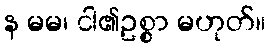
န မမ၊ ငါ၏ဥစ္စာ မဟုတ်။